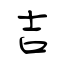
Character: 吉